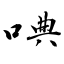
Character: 唺